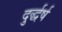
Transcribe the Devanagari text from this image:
दुर्द्धर्ष